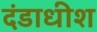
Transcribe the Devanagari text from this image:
दंडाधीश